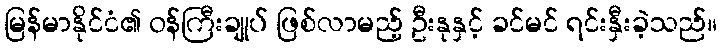
မြန်မာနိုင်ငံ၏ ဝန်ကြီးချုပ် ဖြစ်လာမည့် ဦးနုနှင့် ခင်မင် ရင်းနှီးခဲ့သည်။